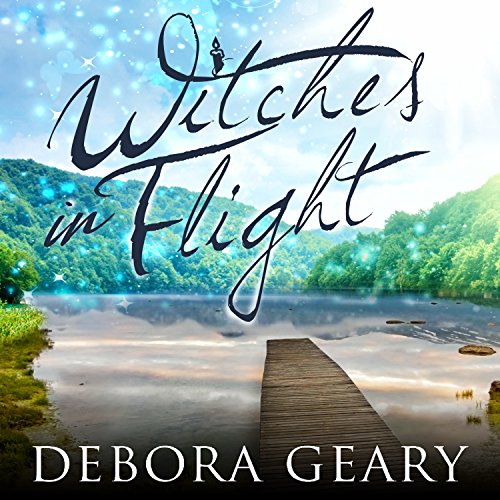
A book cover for Witches in Flight: WitchLight Trilogy Series, Book 3; Debora Geary; Literature & Fiction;